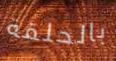
بالحلقة